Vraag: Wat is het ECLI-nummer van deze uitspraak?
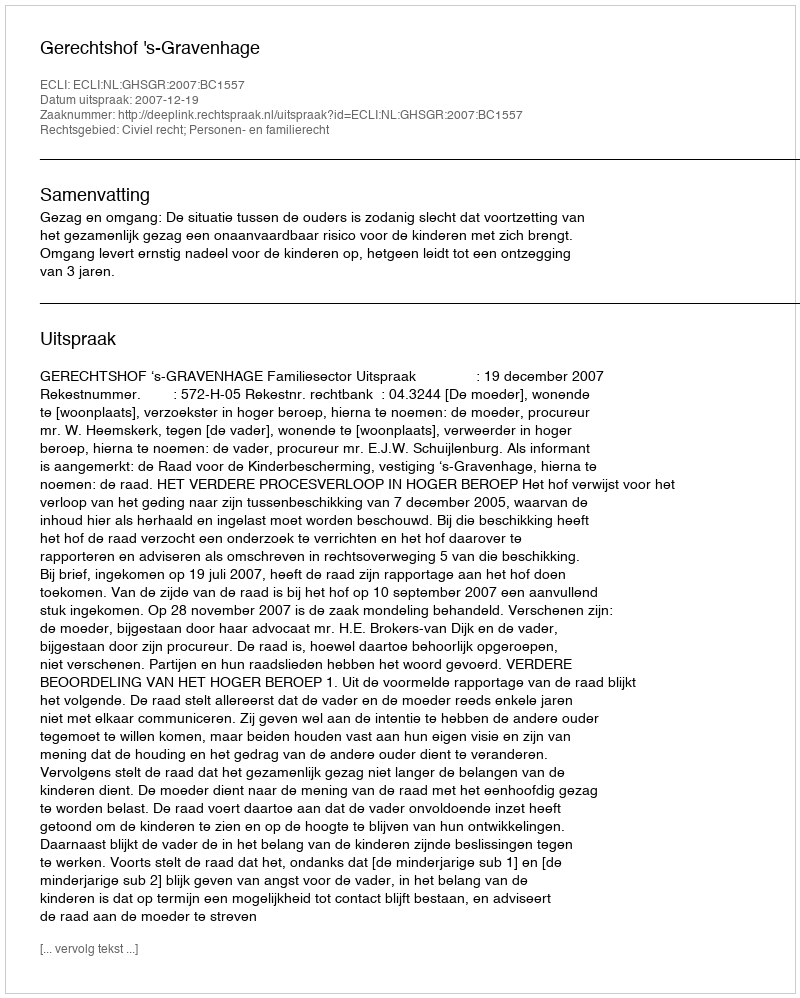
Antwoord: ECLI:NL:GHSGR:2007:BC1557